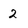
Character: 2